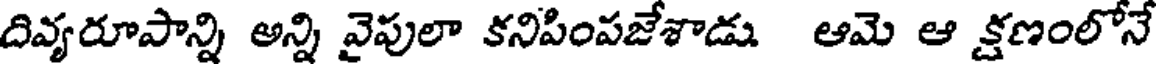
దివ్యరూపాన్ని అన్ని వైపులా కనిపింపజేశాడు ఆమె ఆ క్షణంలోనే